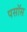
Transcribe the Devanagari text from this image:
पसॉस